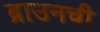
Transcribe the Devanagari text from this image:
ब्राउनची